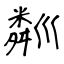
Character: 𥻘